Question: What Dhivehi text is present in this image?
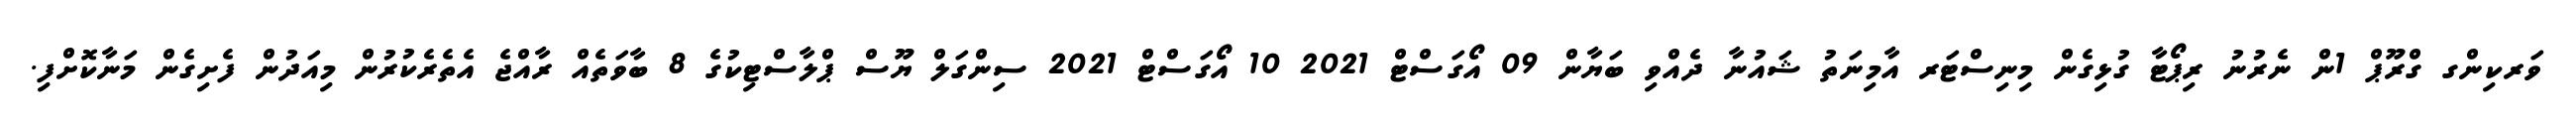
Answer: ވަރކިންގ ގްރޫޕް 1ން ނެރުނު ރިޕޯޓާ ގުޅިގެން މިނިސްޓަރ އާމިނަތު ޝައުނާ ދެއްވި ބަޔާން 09 އޯގަސްޓް 2021 10 އޯގަސްޓް 2021 ސިންގަލް ޔޫސް ޕްލާސްޓިކުގެ 8 ބާވަތެއް ރާއްޖެ އެތެރެކުރުން މިއަދުން ފެށިގެން މަނާކޮށްފި.